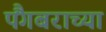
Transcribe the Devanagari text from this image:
पैंगबराच्या